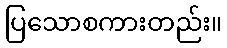
ပြသောစကားတည်း။